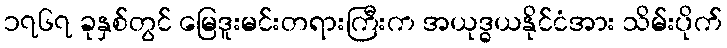
၁၇၆၇ ခုနှစ်တွင် မြေဒူးမင်းတရားကြီးက အယုဒ္ဓယနိုင်ငံအား သိမ်းပိုက်